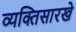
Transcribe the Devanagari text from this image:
व्यक्तिसारखे